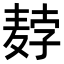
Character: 𬹇